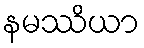
နမဿိယာ